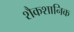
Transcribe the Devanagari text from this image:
शैकशानिक